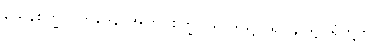
ယေနစက္ခုပသာဒေန၊ အကြင်စက္ခုပသာဒဖြင့်။ ရူပါနိ၊ ရူပါရုံတို့ကို။